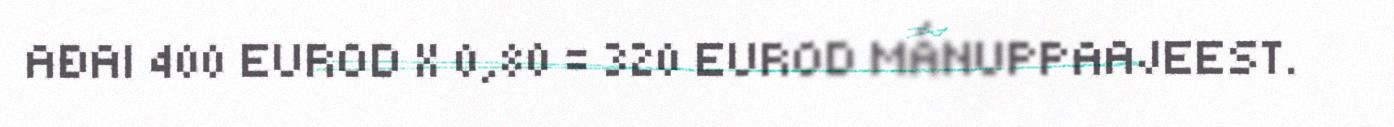
AĐAI 400 EUROD X 0,80 = 320 EUROD MÁNUPPAAJEEST.